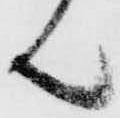
ん